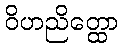
ဝိဟညိတ္ထော